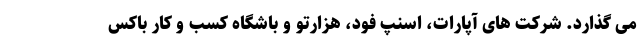
می گذارد. شرکت های آپارات، اسنپ فود، هزارتو و باشگاه کسب و کار باکس